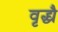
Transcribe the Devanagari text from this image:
वृद्ध्यै